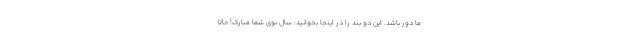
ما دور باشد. این دو بند را در اینجا بخوانید: سال نوی شما مبارک! حالا